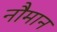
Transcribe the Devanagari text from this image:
नौमान